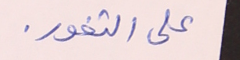
على الثغور.